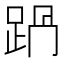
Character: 𨀩